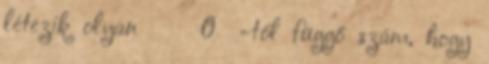
létezik olyan δ ε 0 ε-tól függő szám, hogy